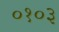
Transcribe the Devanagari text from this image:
०१०३